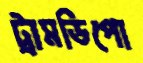
ট্রামডিপো